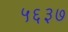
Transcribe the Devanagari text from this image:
५६३७